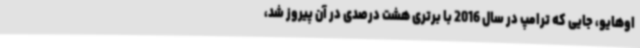
اوهایو، جایی که ترامپ در سال 2016 با برتری هشت درصدی در آن پیروز شد،